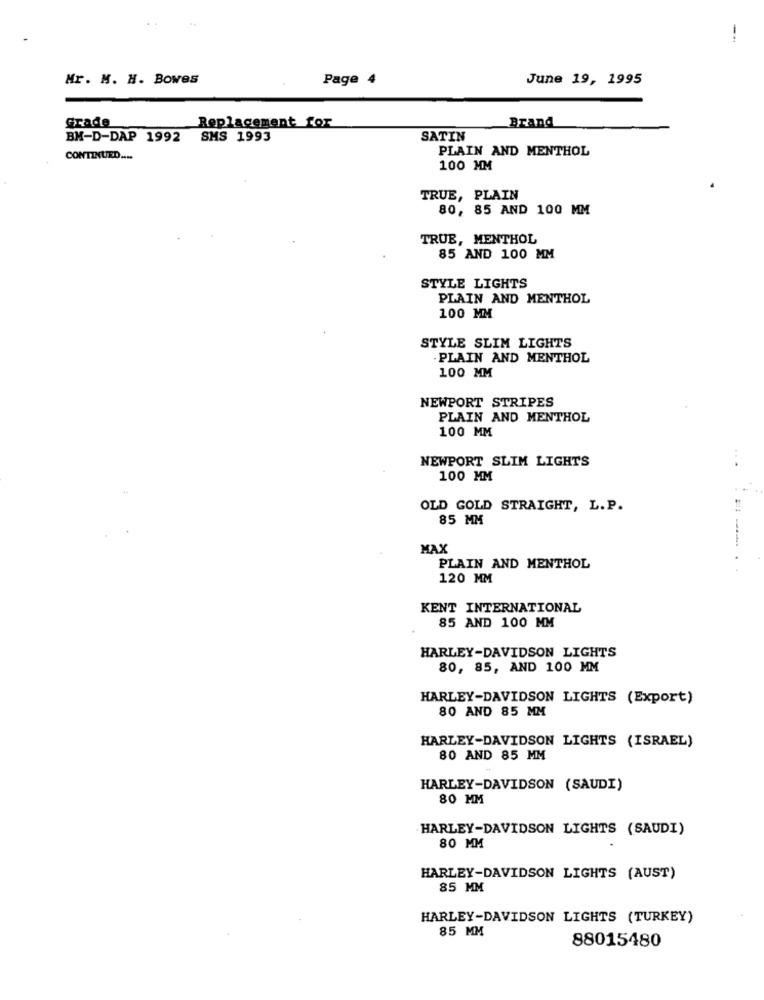
Mr. M. H. Bowes
Page
June 19, 1995
Grade
Replacement for
Brand
BM-D-DAP 1992
SMS 1993
SATIN
PLAIN AND MENTHOL
CONTINUED ....
100 MM
TRUE, PLAIN
80, 85 AND 100 MM
TRUE, MENTHOL
85 AND 100 MM
STYLE LIGHTS
PLAIN AND MENTHOL
100 MM
STYLE SLIM LIGHTS
PLAIN AND MENTHOL
100 MM
NEWPORT STRIPES
PLAIN AND MENTHOL
100 MM
NEWPORT SLIM LIGHTS
...
100 MM
OLD GOLD STRAIGHT, L.P.
85 MM
MAX
PLAIN AND MENTHOL
--..
120 MM
KENT INTERNATIONAL
85 AND 100 MM
HARLEY-DAVIDSON LIGHTS
80, 85, AND 100 MM
HARLEY-DAVIDSON LIGHTS (Export)
80 AND 85 MM
HARLEY-DAVIDSON LIGHTS (ISRAEL)
80 AND 85 MM
HARLEY-DAVIDSON (SAUDI)
80 MM
HARLEY-DAVIDSON LIGHTS (SAUDI)
80 MM
HARLEY-DAVIDSON LIGHTS (AUST)
85 MM
HARLEY-DAVIDSON LIGHTS (TURKEY)
85 MM
88015480